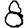
Digit: 8